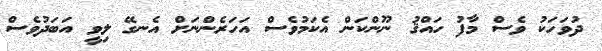
ދުވަހަކު ވެސް މާފު ހައްޤު ނޫންކަން އެކަމުވެސް އަހަރެންނަށް އެނގޭ ލިވީ އަބަދުވެސް